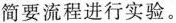
简要流程进行实验。